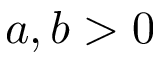
a , b > 0